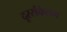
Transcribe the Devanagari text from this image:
दूरसंकेतन